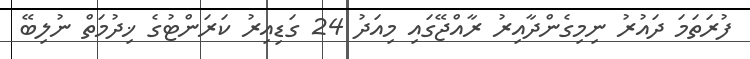
ފުރަތަމަ ދައުރު ނިމިގެންދާއިރު ރާއްޖޭގައި މިއަދު 24 ގަޑިއިރު ކަރަންޓުގެ ޚިދުމަތް ނުލިބޭ